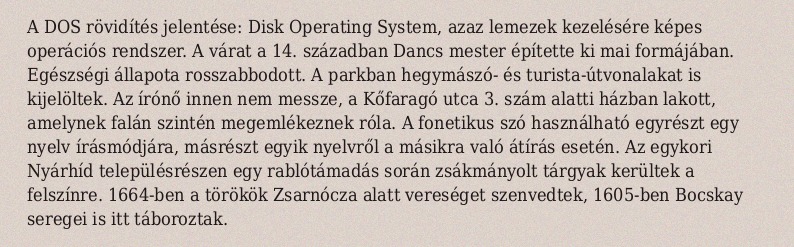
A DOS rövidítés jelentése: Disk Operating System, azaz lemezek kezelésére képes operációs rendszer. A várat a 14. században Dancs mester építette ki mai formájában. Egészségi állapota rosszabbodott. A parkban hegymászó- és turista-útvonalakat is kijelöltek. Az írónő innen nem messze, a Kőfaragó utca 3. szám alatti házban lakott, amelynek falán szintén megemlékeznek róla. A fonetikus szó használható egyrészt egy nyelv írásmódjára, másrészt egyik nyelvről a másikra való átírás esetén. Az egykori Nyárhíd településrészen egy rablótámadás során zsákmányolt tárgyak kerültek a felszínre. 1664-ben a törökök Zsarnócza alatt vereséget szenvedtek, 1605-ben Bocskay seregei is itt táboroztak.